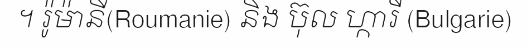
។ រ៉ូម៉ានី(Roumanie) និង ប៊ុល ហ្ការី (Bulgarie)